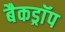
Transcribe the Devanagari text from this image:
बैकड्राॅप